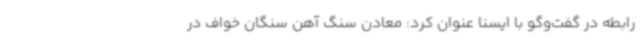
رابطه در گفت‌وگو با ایسنا عنوان کرد: معادن سنگ آهن سنگان خواف در